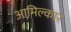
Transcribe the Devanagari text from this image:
आमिल्कार